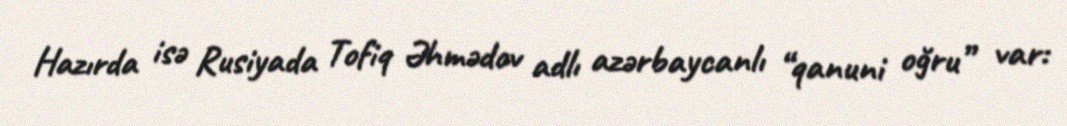
Hazırda isə Rusiyada Tofiq Əhmədov adlı azərbaycanlı “qanuni oğru” var: